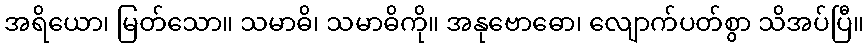
အရိယော၊ မြတ်သော။ သမာဓိ၊ သမာဓိကို။ အနုဗောဓော၊ လျောက်ပတ်စွာ သိအပ်ပြီ။